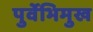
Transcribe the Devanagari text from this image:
पुर्वेभिमुख